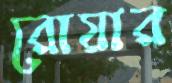
রোয়ার